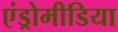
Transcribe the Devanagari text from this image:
एंड्रोमीडिया